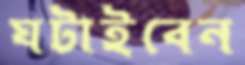
ঘটাইবেন